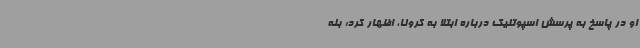
او در پاسخ به پرسش اسپوتنیک درباره ابتلا به کرونا، اظهار کرد: بله